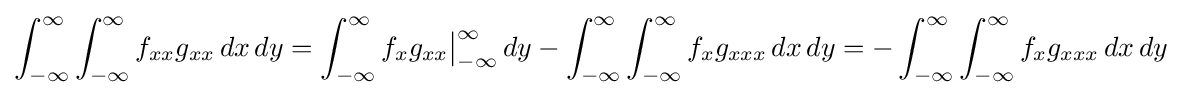
\int _{-\infty }^{\infty }\int _{-\infty }^{\infty }f_{xx}g_{xx}\,dx\,dy=\int _{-\infty }^{\infty }f_{x}g_{xx}{\big |}_{-\infty }^{\infty }\,dy-\int _{-\infty }^{\infty }\int _{-\infty }^{\infty }f_{x}g_{xxx}\,dx\,dy=-\int _{-\infty }^{\infty }\int _{-\infty }^{\infty }f_{x}g_{xxx}\,dx\,dy